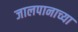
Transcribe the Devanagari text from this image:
जालपानाच्या